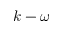
k - \omega